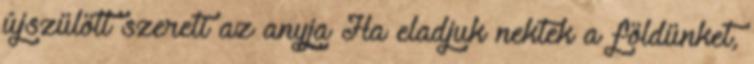
újszülött szereti az anyja Ha eladjuk nektek a földünket,